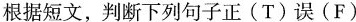
根据短文,判断下列句子正(T)误(F)